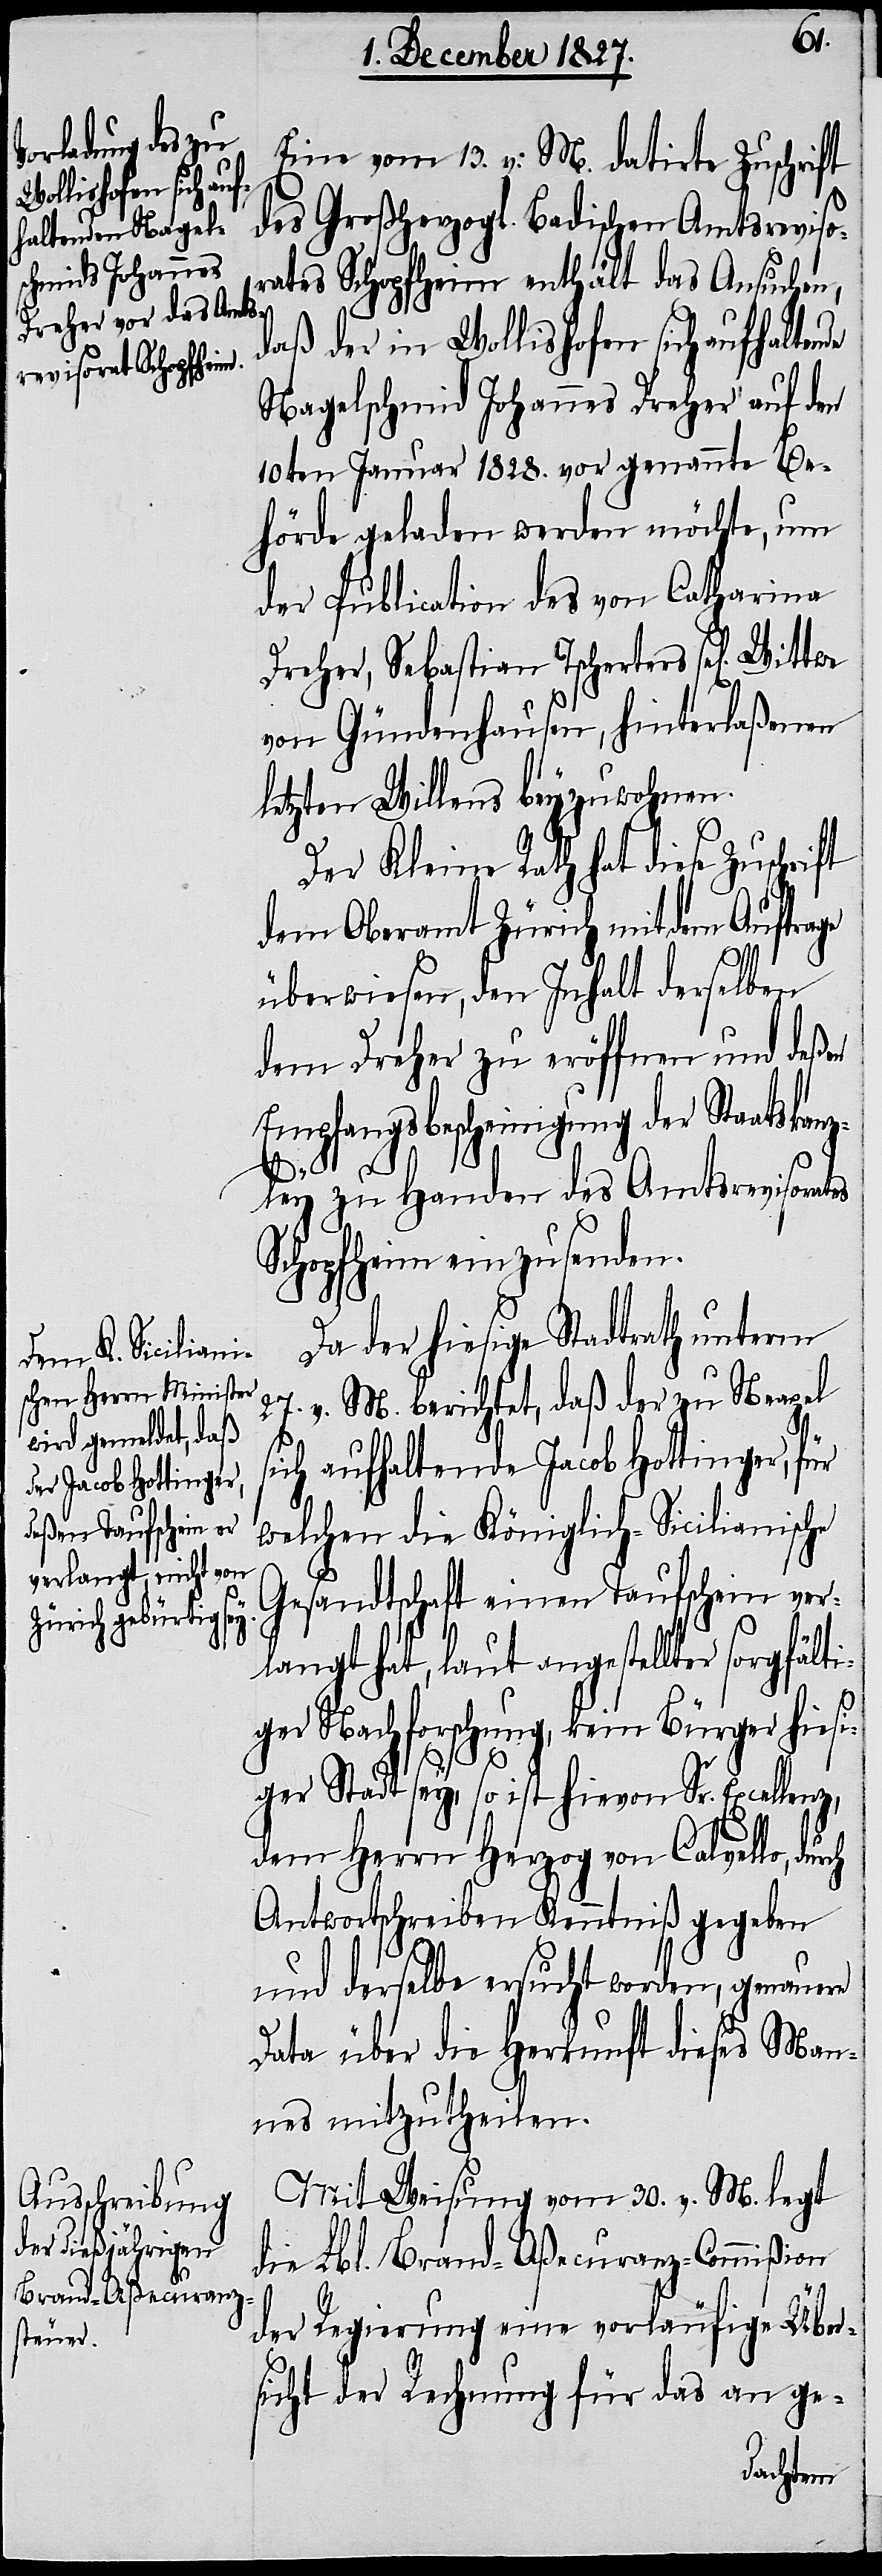
Eine vom 13. v. M: datirte Zuschrift
des Großherzogl. Badischen Amtsreviso¬
rates Schopfheim enthält das Ansuchen,
daß der in Wollishofen sich aufhaltende
Nagelschmid Johannes Dreher auf den
10ten Januar 1828. vor genannte Be¬
hörde geladen werden möchte, um
der Publication des von Catharina
Dreher, Sebastian Tscherters sel[ige]
von Gündenhausen, hinterlaßenen
letzten Willens beyzuwohnen.
Der Kleine Rath hat diese Zuschrift
dem Oberamt Zürich mit dem Auftrage
überwiesen, den Inhalte derselben
dem Dreher zu eröffnen und deßen
Empfangsbescheinigung der Staatskanz¬
ley zu Handen des Amtsrevisorates
Schopfheim einzusenden.
Da der hiesige Stadtrath unterm
27. v. M. berichtet, daß der zu Neapel
ich aufhaltende Jacob Hottinger, für
welchen die Königlich-Sicilianische
Gesandtschaft einen Taufschein ver¬
langt hat, laut angestellter sorgfälti¬
ch
ger Nachforschung, kein Bürger hiesi¬
ger Stadt sey, so ist hievon Sr. Excellenz,
dem Herrn Herzog von Calvello, dur¬
Antwortschreiben Kenntniß gegeben
und derselbe ersucht worden, genauere
Data über die Herkunft dieses Man¬
nes mitzutheilen.
Mit Weisung vom 30. v. M. legt
die Lbl. Brand-Aßecuranz-Commißion
der Regierung eine vorläufige Über¬
sicht der Rechnung für das an ge-